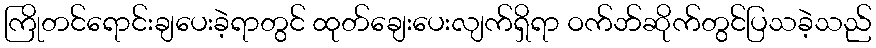
ကြိုတင်ရောင်းချပေးခဲ့ရာတွင် ထုတ်ချေးပေးလျက်ရှိရာ ဝက်ဘ်ဆိုက်တွင်ပြသခဲ့သည်